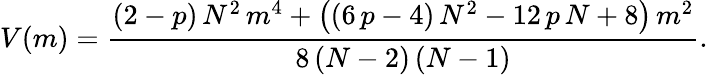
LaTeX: V(m)=\frac{\left(2-p\right)\, N^{2}\, m^{4}+\left(\left(6\, p-4\right)\, N^{2}-12\, p\, N+8\right)\, m^{2}}{8\left(N-2\right)\left(N-1\right)}.